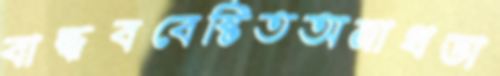
বান্ধববেষ্টিতঅনাথডা